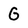
Character: G